Lunatic asylums Central Provinces reports 1886-1894 - 1886-1894
Year: 1886
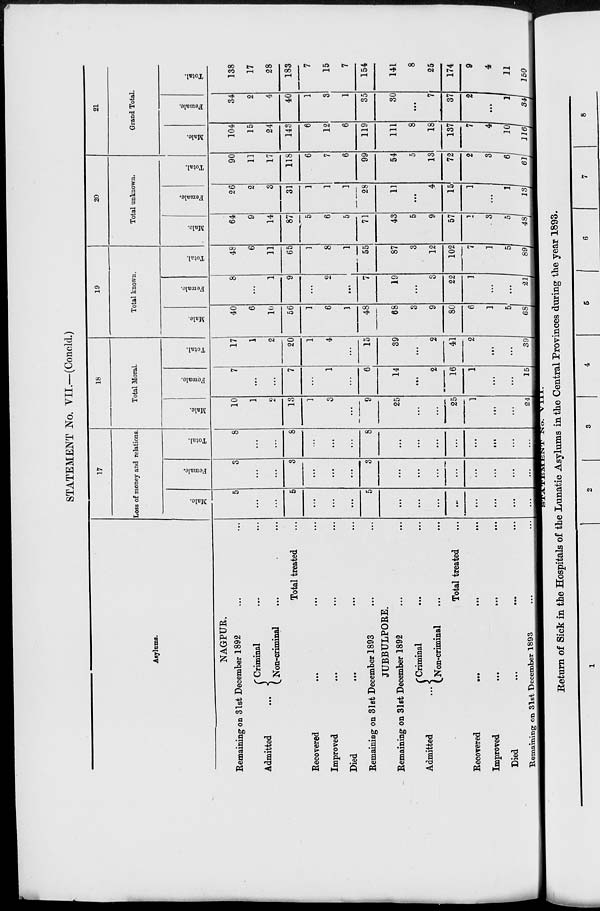
STATEMENT No. VII.—(Concld.)
Asylums.
NAGPUR.
Remaining on 31st December 1892 ... ...
Admitted
...
Criminal ... ...
Non-criminal ... ...
Total treated ... ... ...
Recovered ... ... ...
Improved
...
...
...
Died
...
...
...
Remaining on 31st December 1893 ... ...
JUBBULPORE.
Remaining on 31st December 1892 ... ...
Admitted
...
Criminal
...
...
Non-criminal ... ...
Total treated ... ... ...
Recovered
...
...
...
Improved
...
...
...
Died
...
...
...
Remaining on 31st December 1893 ...
17
Loss of money and relations.
Male.
5
...
...
5
...
....
...
5
...
...
...
...
...
...
...
...
Female.
3
...
...
3
...
...
...
3
...
...
...
...
...
...
...
...
Total.
8
...
...
8
...
...
...
8
...
...
...
...
...
...
...
...
18
Total Moral.
Male.
10
1
2
13
1
3
...
9
25
...
...
25
1
...
...
24
Female.
7
...
...
7
...
1
...
6
14
...
2
16
1
...
...
15
Total.
17
1
2
20
1
4
...
15
39
...
2
41
2
...
...
39
19
Total known.
Male.
40
6
10
56
1
6
1
48
68
3
9
80
6
1
5
68
Female.
8
...
1
9
...
2
...
7
19
...
3
22
1
...
...
21
Total.
48
6
11
65
1
8
1
55
87
3
12
102
7
1
5
89
20
Total unknown.
Male.
64
9
14
87
5
6
5
71
43
5
9
57
1
3
5
48
Female.
26
2
3
31
1
1
1
28
13
...
4
15
1
...
1
13
Total.
90
11
17
118
6
7
6
99
54
5
13
72
2
3
6
61
21
Grand Total.
Male.
104
15
24
143
6
12
6
119
111
8
18
137
7
4
10
116
Female.
34
2
4
40
1
3
1
35
30
...
7
37
2
...
1
34
Total.
138
17
28
183
7
15
7
154
141
8
25
174
9
4
11
150